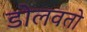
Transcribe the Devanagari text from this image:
डोलवतो